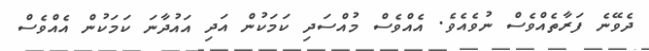
ދެވޭނެ ފަރާތެއްވެސް ނުވެއެވެ. އެއްވެސް މުއްސަދި ކަމަކުން އަދި އައުދާނަ ކަމަކުން އެއްވެސް